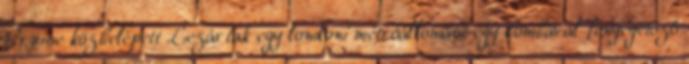
Cruise közbelépett Lezártak egy londoni metróállomást egy bombával fenyegetőző